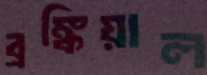
ব্রঙ্কিয়াল